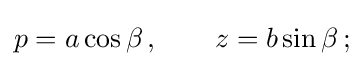
p=a\cos \beta \,,\qquad z=b\sin \beta \,;